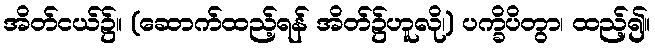
အိတ်ငယ်၌။ (ဆောက်ထည့်ရန် အိတ်၌ဟူလို၊) ပက္ခိပိတွာ၊ ထည့်၍။